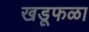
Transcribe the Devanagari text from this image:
खडूफळा